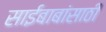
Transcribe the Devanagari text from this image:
साईबाबांसाठी